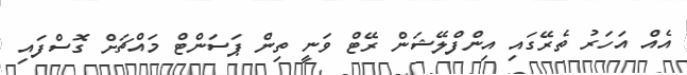
އެއް އަހަރު ތެރޭގައި އިންފްލޭޝަން ރޭޓް ވަނީ ތިން ޕަސަންޓް މައްޗަށް ގޮސްފައި